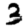
Digit: 3